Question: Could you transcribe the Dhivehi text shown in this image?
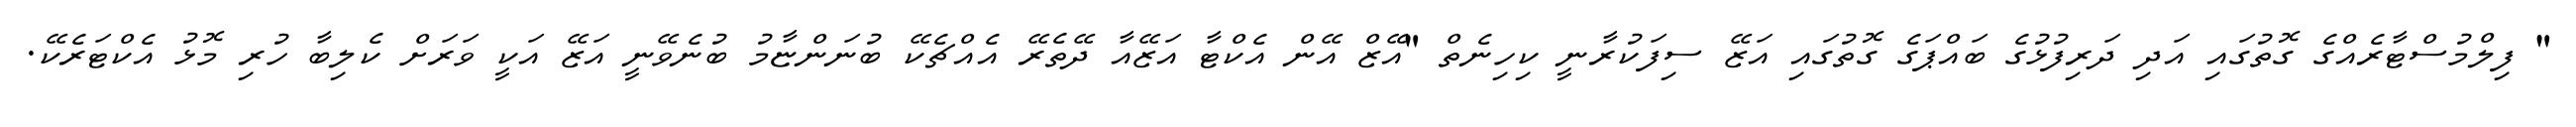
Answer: " ފިލްމުސްޓާރެއްގެ ގޮތުގައި އަދި ދަރިފުޅުގެ ބައްޕަގެ ގޮތުގައި އަޒޭ ސިފަކުރާނީ ކިހިނެތް "އޭޒް އޭން އެކްޓާ އަޒޭއާ ދޭތެރޭ އެއްޗެކޭ ބުނަންޏާމު ބުނެވޭނީ އަޒޭ އަކީ ވަރަށް ކެލިބާ ހުރި މޮޅު އެކްޓަރެކޭ.